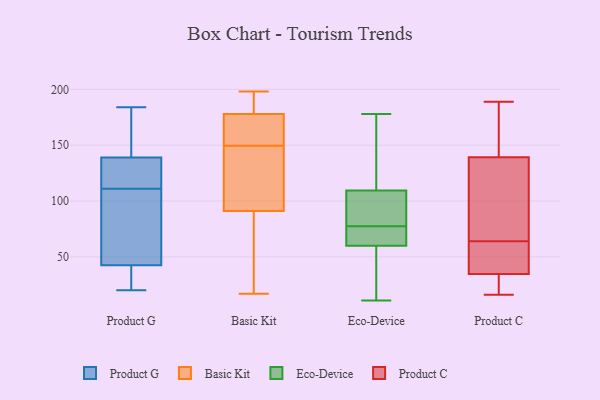
{"axis": {"x": "Gross Profit (USD K)", "y": "Value"}, "legend": ["Basic Kit", "Eco-Device", "Product C", "Product G"], "data": [{"x": "", "y": 49, "type": "Product G"}, {"x": "", "y": 138, "type": "Product G"}, {"x": "", "y": 20, "type": "Product G"}, {"x": "", "y": 120, "type": "Product G"}, {"x": "", "y": 75, "type": "Product G"}, {"x": "", "y": 36, "type": "Product G"}, {"x": "", "y": 36, "type": "Product G"}, {"x": "", "y": 78, "type": "Product G"}, {"x": "", "y": 174, "type": "Product G"}, {"x": "", "y": 181, "type": "Product G"}, {"x": "", "y": 114, "type": "Product G"}, {"x": "", "y": 27, "type": "Product G"}, {"x": "", "y": 184, "type": "Product G"}, {"x": "", "y": 140, "type": "Product G"}, {"x": "", "y": 137, "type": "Product G"}, {"x": "", "y": 20, "type": "Product G"}, {"x": "", "y": 108, "type": "Product G"}, {"x": "", "y": 70, "type": "Product G"}, {"x": "", "y": 124, "type": "Product G"}, {"x": "", "y": 146, "type": "Product G"}, {"x": "", "y": 175, "type": "Basic Kit"}, {"x": "", "y": 91, "type": "Basic Kit"}, {"x": "", "y": 97, "type": "Basic Kit"}, {"x": "", "y": 166, "type": "Basic Kit"}, {"x": "", "y": 111, "type": "Basic Kit"}, {"x": "", "y": 184, "type": "Basic Kit"}, {"x": "", "y": 60, "type": "Basic Kit"}, {"x": "", "y": 184, "type": "Basic Kit"}, {"x": "", "y": 159, "type": "Basic Kit"}, {"x": "", "y": 98, "type": "Basic Kit"}, {"x": "", "y": 152, "type": "Basic Kit"}, {"x": "", "y": 178, "type": "Basic Kit"}, {"x": "", "y": 178, "type": "Basic Kit"}, {"x": "", "y": 42, "type": "Basic Kit"}, {"x": "", "y": 198, "type": "Basic Kit"}, {"x": "", "y": 17, "type": "Basic Kit"}, {"x": "", "y": 147, "type": "Basic Kit"}, {"x": "", "y": 18, "type": "Basic Kit"}, {"x": "", "y": 69, "type": "Eco-Device"}, {"x": "", "y": 69, "type": "Eco-Device"}, {"x": "", "y": 160, "type": "Eco-Device"}, {"x": "", "y": 107, "type": "Eco-Device"}, {"x": "", "y": 11, "type": "Eco-Device"}, {"x": "", "y": 98, "type": "Eco-Device"}, {"x": "", "y": 12, "type": "Eco-Device"}, {"x": "", "y": 62, "type": "Eco-Device"}, {"x": "", "y": 112, "type": "Eco-Device"}, {"x": "", "y": 178, "type": "Eco-Device"}, {"x": "", "y": 58, "type": "Eco-Device"}, {"x": "", "y": 86, "type": "Eco-Device"}, {"x": "", "y": 189, "type": "Product C"}, {"x": "", "y": 20, "type": "Product C"}, {"x": "", "y": 40, "type": "Product C"}, {"x": "", "y": 64, "type": "Product C"}, {"x": "", "y": 72, "type": "Product C"}, {"x": "", "y": 16, "type": "Product C"}, {"x": "", "y": 173, "type": "Product C"}, {"x": "", "y": 37, "type": "Product C"}, {"x": "", "y": 28, "type": "Product C"}, {"x": "", "y": 181, "type": "Product C"}, {"x": "", "y": 115, "type": "Product C"}, {"x": "", "y": 40, "type": "Product C"}, {"x": "", "y": 128, "type": "Product C"}]}